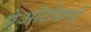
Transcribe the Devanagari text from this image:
ऐऑर्टोग्राफी